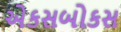
એકસબોકસ